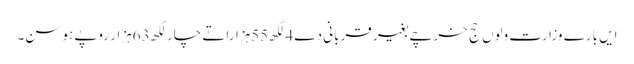
ایں بارے وزارت ولوں حج خرچے بغیر قربانی دے 4لکھ55ہزاراتے چار لکھ63ہزار روپے ہوسن۔